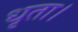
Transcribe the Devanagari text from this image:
धृता।